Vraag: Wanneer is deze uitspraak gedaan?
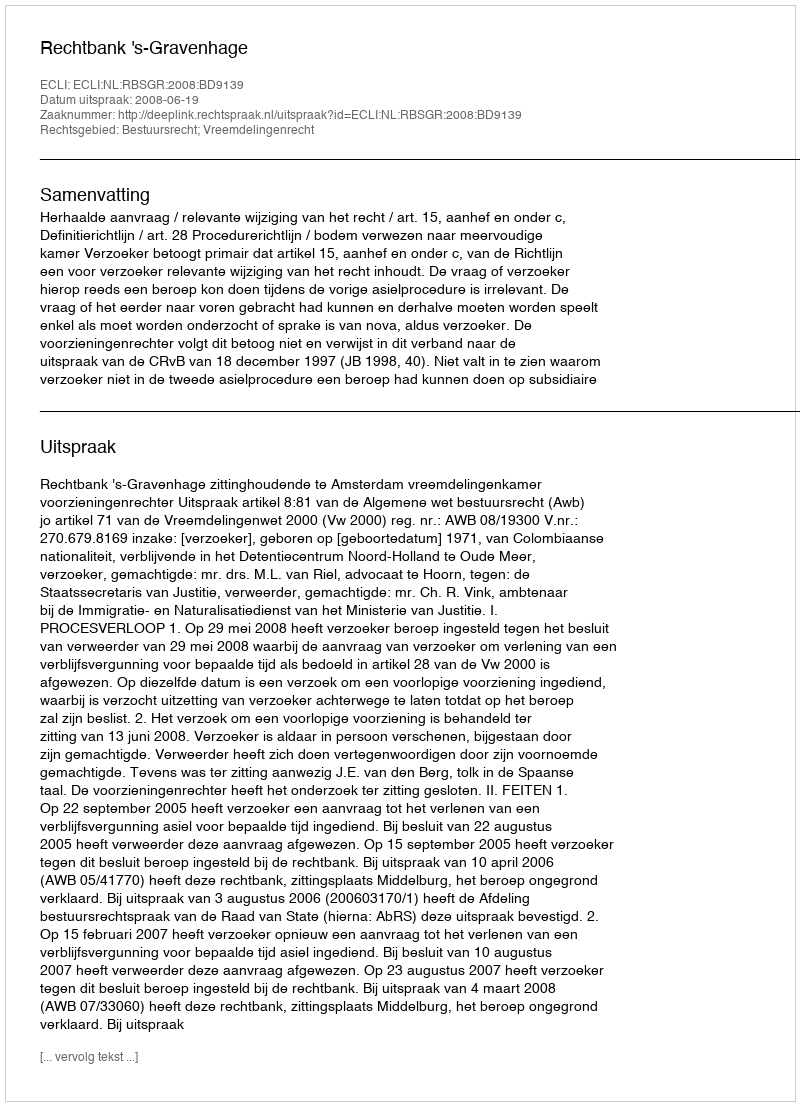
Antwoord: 2008-06-19